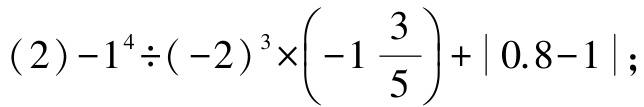
\((2)-1^{4}\div(-2)^{3}\times\left(-1\dfrac{3}{5}\right)+\vert0.8 - 1\vert\)